Vaccination in Bombay 1874-1876 - 1874-1876
Year: 1874
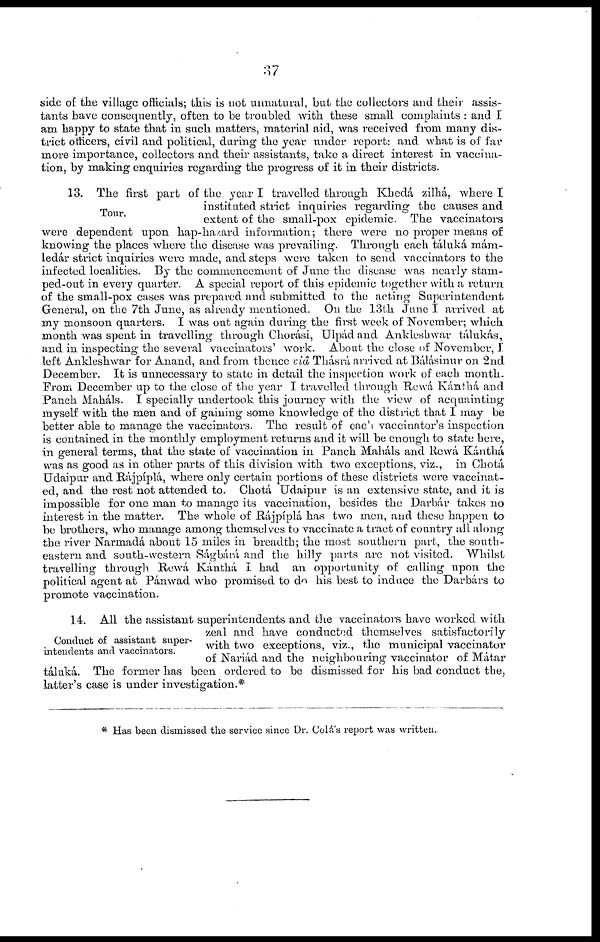
37
side of the village officials; this is not unnatural, but the collectors and their assis-
tants have consequently, often to be troubled with these small complaints : and I
am happy to state that in such matters, material aid, was received from many dis-
trict officers, civil and political, during the year under report: and what is of far
more importance, collectors and their assistants, take a direct interest in vaccina-
tion, by making enquiries regarding the progress of it in their districts.
Tour.
13. The first part of the year I travelled through Khedá zilhá, where I
instituted strict inquiries regarding the causes and
extent of the small-pox epidemic. The vaccinators
were dependent upon hap-hazard information; there were no proper means of
knowing the places where the disease was prevailing. Through each táluká mám¬
ledár strict inquiries were made, and steps were taken to send vaccinators to the
infected localities. By the commencement of June the disease was nearly stam¬
ped-out in every quarter. A special report of this epidemic together with a return
of the small-pox cases was prepared and submitted to the acting Superintendent
General, on the 7th June, as already mentioned. On the 13th June I arrived at
my monsoon quarters. I was out again during the first week of November; which,
month was spent in travelling through Chorási, Ulpád and Ankleshwar tálukás,
and in inspecting the several vaccinators' work. About the close of November, I
left Ankleshwar for Anand, and from thence viâ Thásrá arrived at Bálásinur on 2nd
December. It is unnecessary to state in detail the inspection work of each month.
From December up to the close of the year I travelled through Rewá Kámthá and
Panch Maháls. I specially undertook this journey with the view of acquainting
myself with the men and of gaining some knowledge of the district that I may be
better able to manage the vaccinators. The result of each vaccinator's inspection
is contained in the monthly employment returns and it will be enough to state here,
in general terms, that the state of vaccination in Panch Maháls and Rcwá Kánthá
was as good as in other parts of this division with two exceptions, viz., in Chotá
Udaipur and Rájpíplá, where only certain portions of these districts were vaccinat-
ed, and the rest not attended to. Chotá Udaipur is an extensive state, and it is
impossible for one man to manage its vaccination, besides the Darbár takes no
interest in the matter. The whole of Rájpíplá has two men, and these happen to
be brothers, who manage among themselves to vaccinate a tract of country all along
the river Narmadá about 15 miles in breadth; the most southern part, the south-
eastern and south-western Ságbárá and the hilly parts are not visited. Whilst
travelling through. Rewá Kánthá I had an opportunity of calling upon the
political agent at Pánwad who promised to do his best to induce the Darbárs to
promote vaccination.
Conduct of assistant super-
intendents and vaccinators.
14. All the assistant superintendents and the vaccinators have worked with
zeal and have conducted themselves satisfactorily
with two exceptions, viz., the municipal vaccinator
of Nariád and the neighbouring vaccinator of Mátar
táluká. The former has been ordered to be dismissed for his bad conduct the,
latter's case is under investigation.*
* Has been dismissed the service since Dr. Colá's report was written.